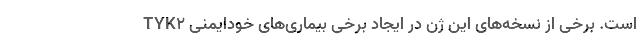
TYK۲ است. برخی از نسخه‌های این ژن در ایجاد برخی بیماری‌های خودایمنی